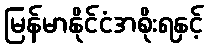
မြန်မာနိုင်ငံအစိုးရနှင့်